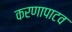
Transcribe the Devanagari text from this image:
करणापाटव